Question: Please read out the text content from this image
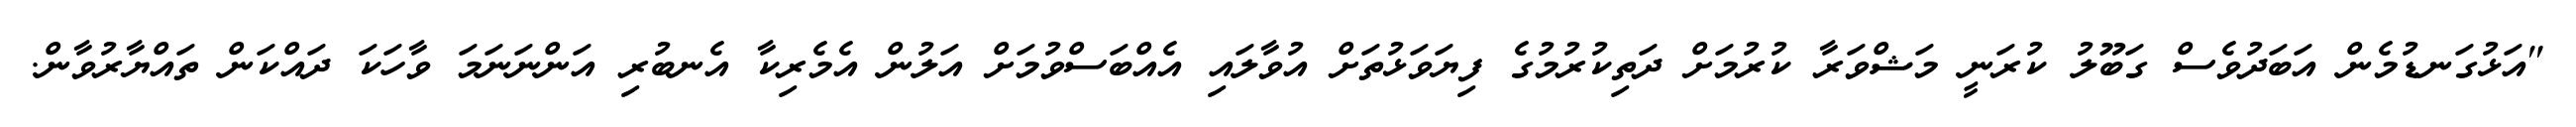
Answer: "އަޅުގަނޑުމެން އަބަދުވެސް ގަބޫލު ކުރަނީ މަޝްވަރާ ކުރުމަށް ދަތިކުރުމުގެ ފިޔަވަޅުތަށް އުވާލައި އެއްބަސްވުމަށް އަލުން އެމެރިކާ އެނބުރި އަންނަނަމަ ވާހަކަ ދައްކަން ތައްޔާރުވާން.